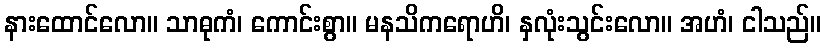
နားထောင်လော။ သာဓုကံ၊ ကောင်းစွာ။ မနသိကရောဟိ၊ နှလုံးသွင်းလော။ အဟံ၊ ငါသည်။